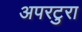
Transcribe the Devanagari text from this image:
अपरटुरा